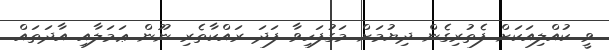
ވީ ކުއްލިއަކަށް ފެތުރިގެން ދިޔުމަށް މަގުފަހިވާ ފަދަ ރައްކާތެރި ނޫން ޢަމަލާއި އާދަތައް